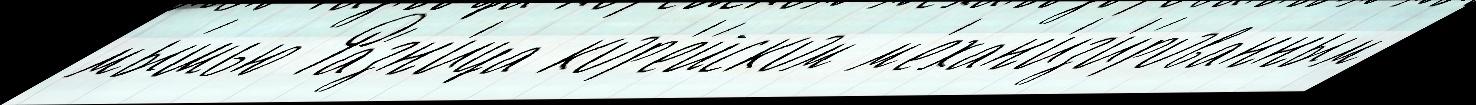
мы́шью Ра́зн'ица кор'е́йском м'ехан'из'и́рованным